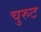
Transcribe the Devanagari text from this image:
चुरुट